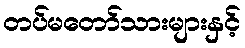
တပ်မတော်သားများနှင့်